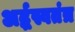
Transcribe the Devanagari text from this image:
अर्द्धस्वतंत्र